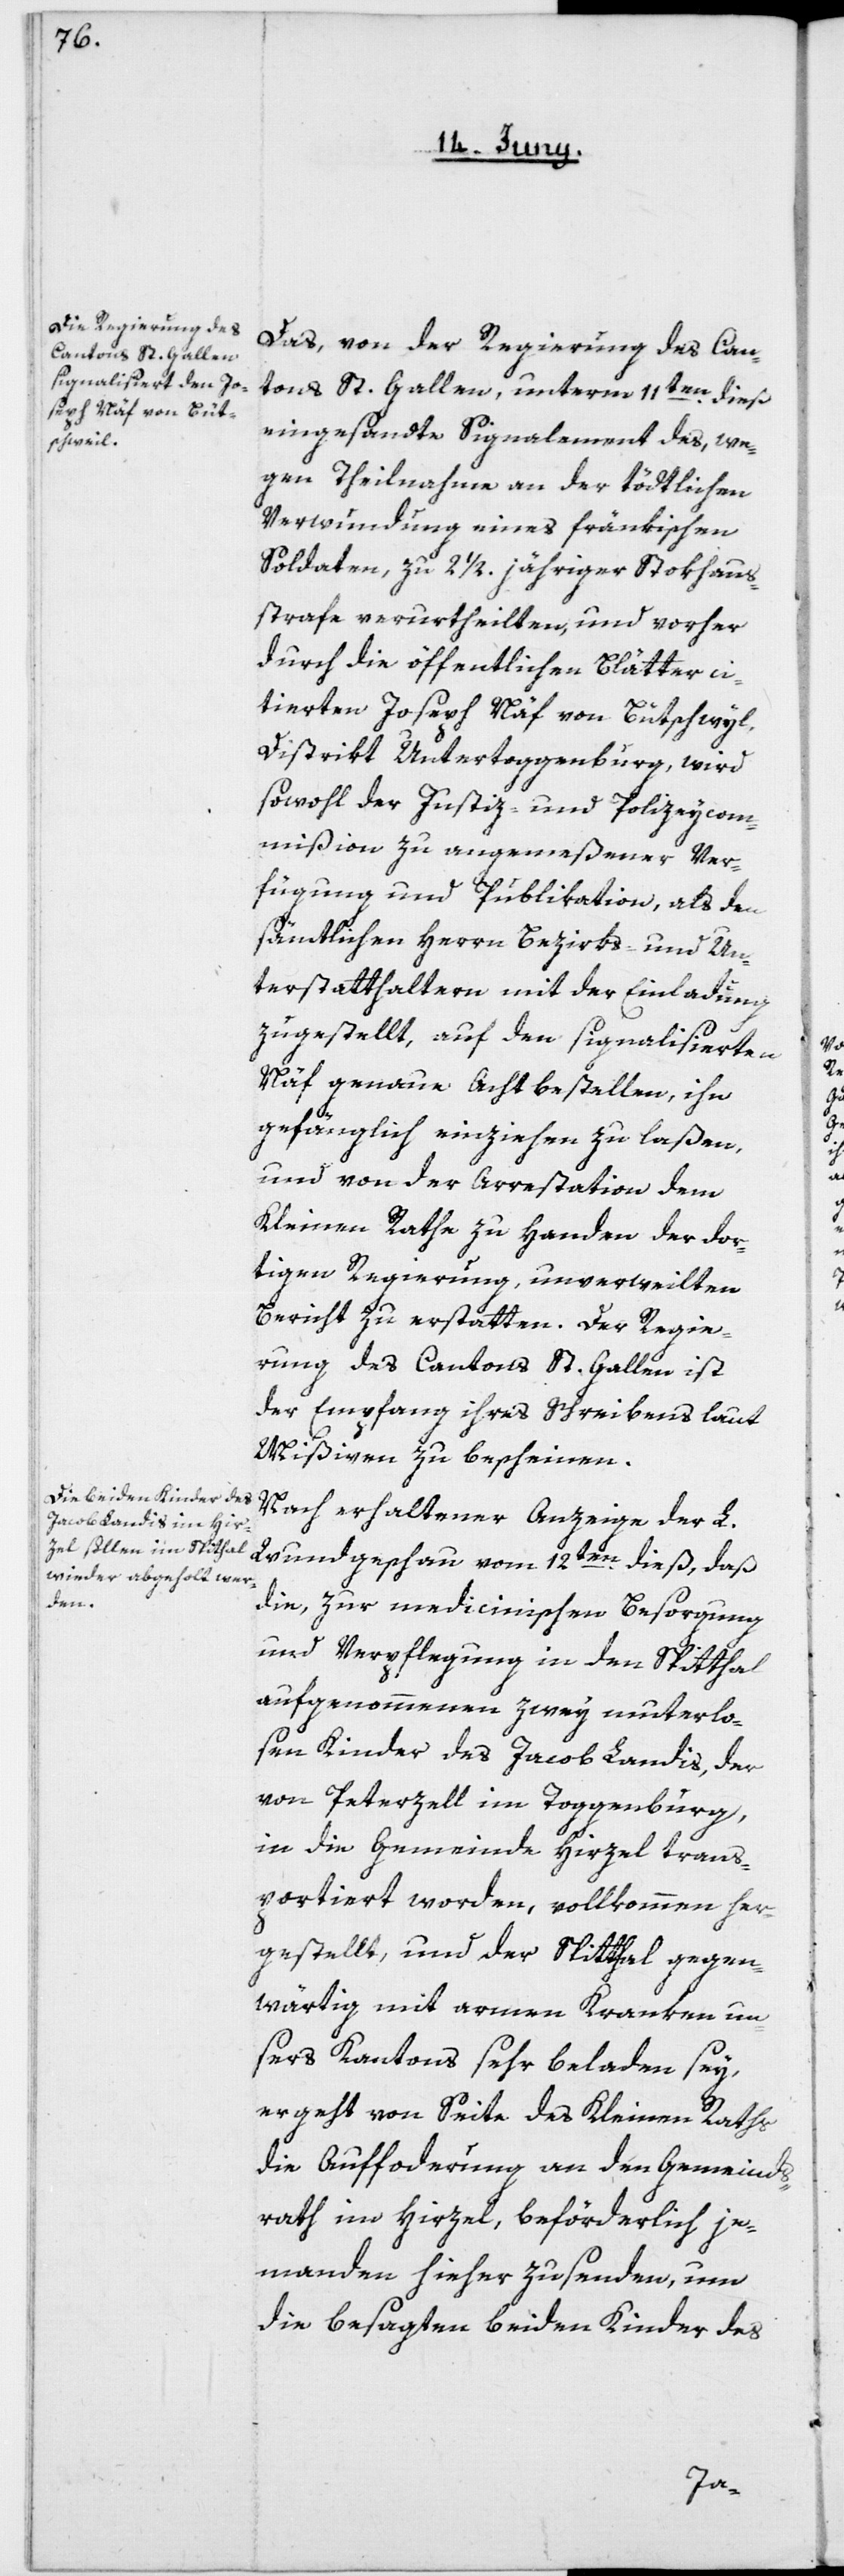
Das, von der Regierung des Can¬
tons St. Gallen, unterm 11ten dieß
eingesandte Signalement des, we¬
gen Theilnahme an der tödtlichen
Verwundung eines fränkischen
Soldaten, zu 2 1/2 jährlicher Stokhaus¬
strafe verurtheilten, und vorher
durch die öffentlichen Blätter ci¬
tierten Joseph Näf von Bütschwyl,
Distrikt Untertoggenburg, wird
sowohl der Justiz- und Polizeycom¬
mißion zu angemeßener Ver¬
fügung und Publikation, als den
sämtlichen Herrn Bezirks- und Un¬
terstatthaltern mit der Einladung
zugestellt, auf den signalisierten
Näf genaue Acht bestellen, ihn
gefänglich einziehen zu laßen,
und von der Arrestation dem
Kleinen Rathe zu Handen der dor¬
tigen Regierung, unverweilten
Bericht zu erstatten. Der Regie¬
rung des Cantons St. Gallen ist
der Empfang ihres Schreibens laut
Mißiven zu bescheinen.
Nach erhaltener Anzeige der L.
Wundgeschau vom 12ten dieß, daß
die, zur medicinischen Besorgung
und Verpflegung in den Spitthal
aufgenommenen zwey mutterlo¬
sen Kinder des Jacob Landis, der
von Peterzell im Toggenburg,
in die Gemeinde Hirzel trans¬
portiert worden, vollkommen her¬
gerstellt, und der Spitthal gegen¬
wärtig mit armen Kranken un¬
sers Kantons sehr beladen sey,
ergeht von Seite des Kleinen Raths
die Aufforderung an den Gemeinds¬
rath im Hirzel, beförderlich je¬
manden hieher zu senden, um
die besagten beiden Kinder des